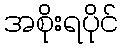
အစိုးရပိုင်